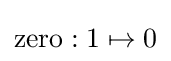
\mathrm {zero} :1\mapsto 0